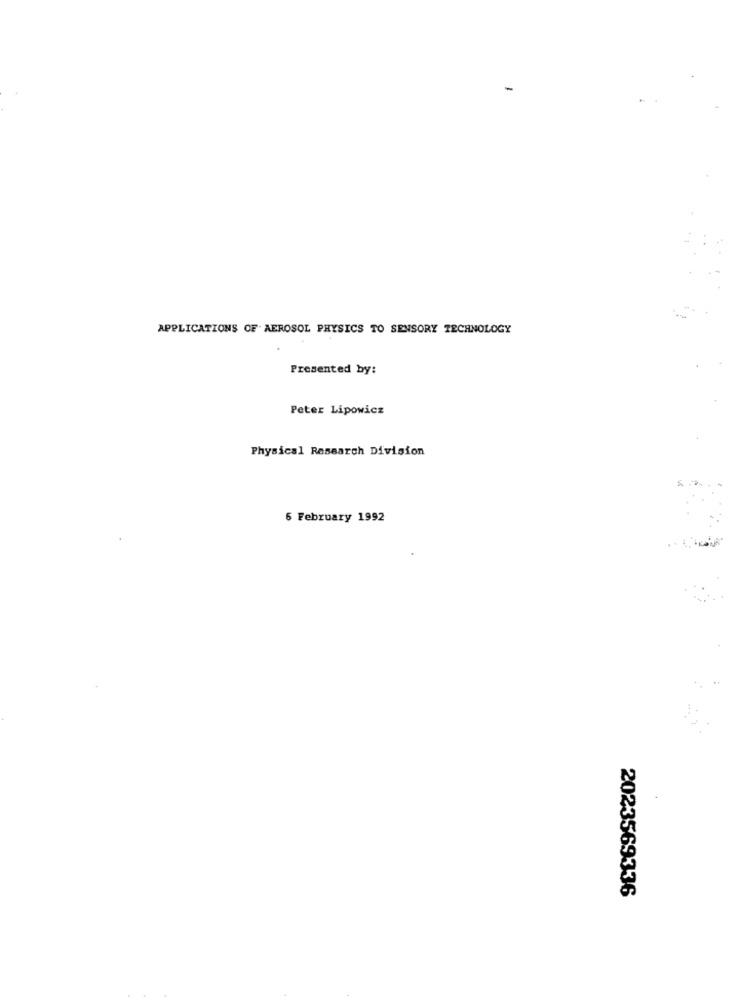
-
APPLICATIONS OF AEROSOL PHYSICS TO SENSORY TECHNOLOGY
Presented by:
Peter Lipowicz
Physical Research Division
6 February 1992
2023569336